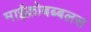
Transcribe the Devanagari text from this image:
माईक्रोबब्बलस